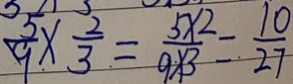
\frac { 5 } { 9 } \times \frac { 2 } { 3 } = \frac { 5 \times 2 } { 9 \times 3 } = \frac { 1 0 } { 2 7 }